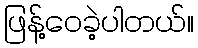
ဖြန့်ဝေခဲ့ပါတယ်။